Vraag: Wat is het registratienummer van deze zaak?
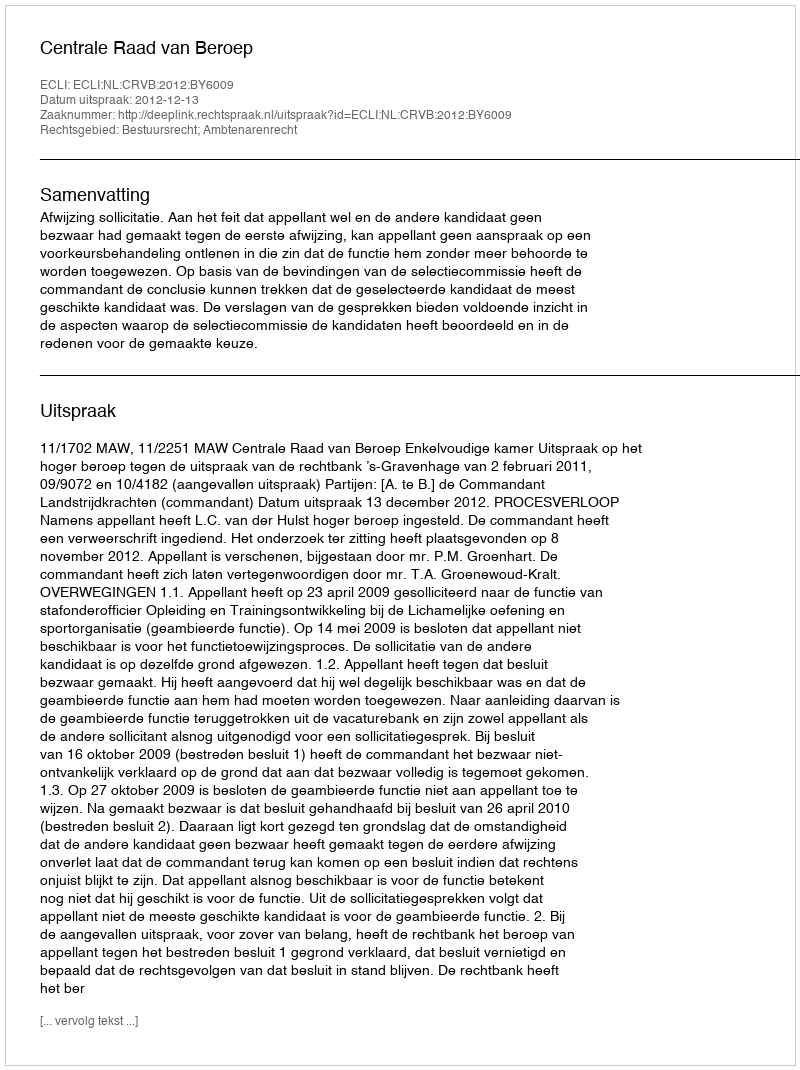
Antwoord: http://deeplink.rechtspraak.nl/uitspraak?id=ECLI:NL:CRVB:2012:BY6009